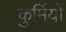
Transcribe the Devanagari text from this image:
कुर्मियों